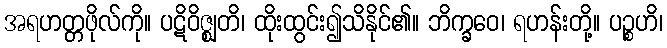
အရဟတ္တဖိုလ်ကို။ ပဋိဝိဇ္ဈတိ၊ ထိုးထွင်း၍သိနိုင်၏။ ဘိက္ခဝေ၊ ရဟန်းတို့။ ပဉ္စဟိ၊